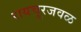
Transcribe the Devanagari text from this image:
रायचूरजवळ